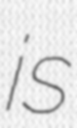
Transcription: is